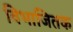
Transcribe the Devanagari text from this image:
विभाजितक